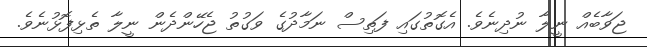
ޖަވާބެއް ނީލާ ނުދިނެވެ. އެގޮތުގައި ފަތިސް ނަމާދުގެ ވަގުތު ޖެހޭންދެން ނީލާ ތެޅިފޮޅުނެވެ.